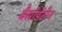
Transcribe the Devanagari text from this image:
बैसोडेंटीन